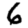
Digit: 6